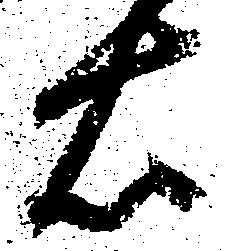
右